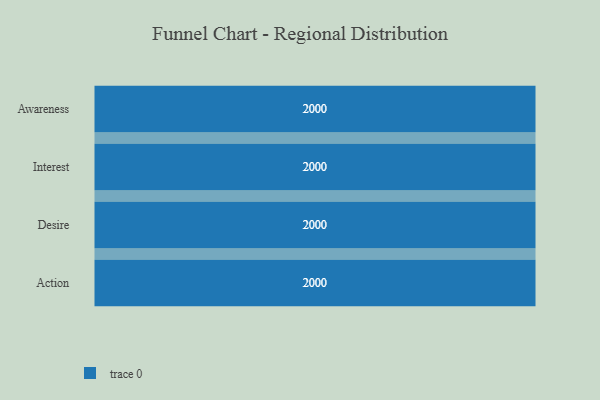
{"axis": {"x": "Stage", "y": "Value"}, "legend": [""], "data": [{"x": "Awareness", "y": 2000, "type": ""}, {"x": "Interest", "y": 2000, "type": ""}, {"x": "Desire", "y": 2000, "type": ""}, {"x": "Action", "y": 2000, "type": ""}]}